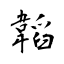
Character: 韜